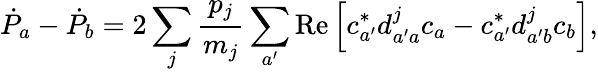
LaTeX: \dot{P}_{a}-\dot{P}_{b}=2\sum_{j}\frac{p_{j}}{m_{j}}\sum_{a^{\prime}}\operatorname{Re}\left[c_{a^{\prime}}^{*}d_{a^{\prime}a}^{j}c_{a}-c_{a^{\prime}}^{*}d_{a^{\prime}b}^{j}c_{b}\right],